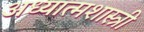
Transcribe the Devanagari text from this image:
अध्यात्मशास्त्री